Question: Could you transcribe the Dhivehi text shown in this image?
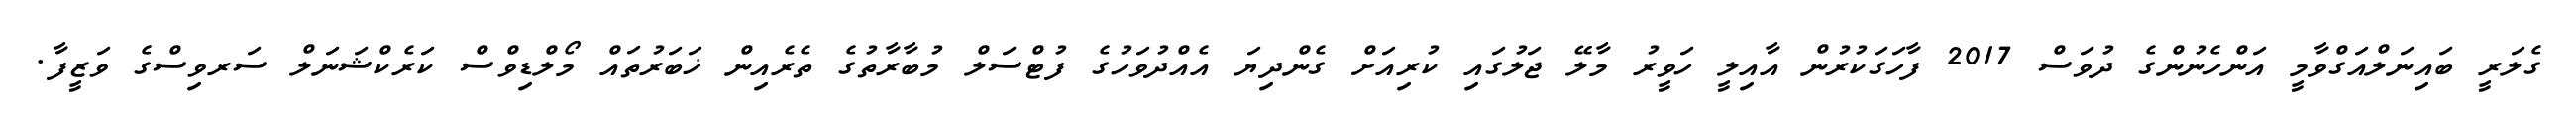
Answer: ގެލަރީ ބައިނަލްއަގްވާމީ އަންހެނުންގެ ދުވަސް 2017 ފާހަގަކުރުން އާއިލީ ހަވީރު މާލޭ ޖަލުގައި ކުރިއަށް ގެންދިޔަ އެއްދުވަހުގެ ފުޓްސަލް މުބާރާތުގެ ތެރެއިން ޚަބަރުތައް މޯލްޑިވްސް ކަރެކްޝަނަލް ސަރވިސްގެ ވަޒީފާ.